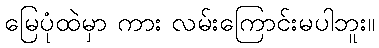
မြေပုံထဲမှာ ကား လမ်းကြောင်းမပါဘူး။